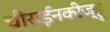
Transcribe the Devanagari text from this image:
चीराईनकीज्हू